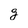
Character: g